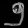
Digit: ၅